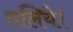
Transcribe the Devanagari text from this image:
तलिये।